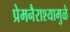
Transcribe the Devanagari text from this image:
प्रेमनैराश्‍यामुळे